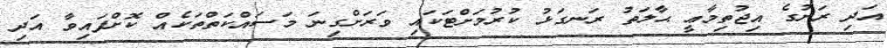
އަދި ރަށުގެ އިޖުތިމާޢީ ޙާލަތު ރަނގަޅު ކުރުމަށްޓަކައި ވަރަށްގިނަ މަސައްކަތްތަކެއް ކޮށްފައިވާ އަދި